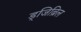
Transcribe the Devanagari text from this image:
ड्जिब्रिल